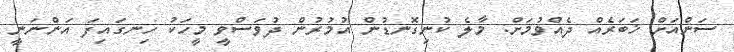
ސަންއަށް ޚަބަރެއް ދެއްވުމަށް: މާލެ ކުނިގޮނޑުން އުމުރުން ދުވަސްވީ މީހަކު ހިނގައިފަ އަންނަނީ